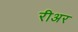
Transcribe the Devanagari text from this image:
रीअर